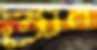
অন